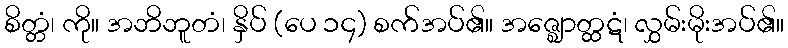
စိတ္တံ၊ ကို။ အဘိဘူတံ၊ နှိပ် (ပေ ၁၄) စက်အပ်၏။ အဇ္ဈောတ္ထဋံ၊ လွှမ်းမိုးအပ်၏။